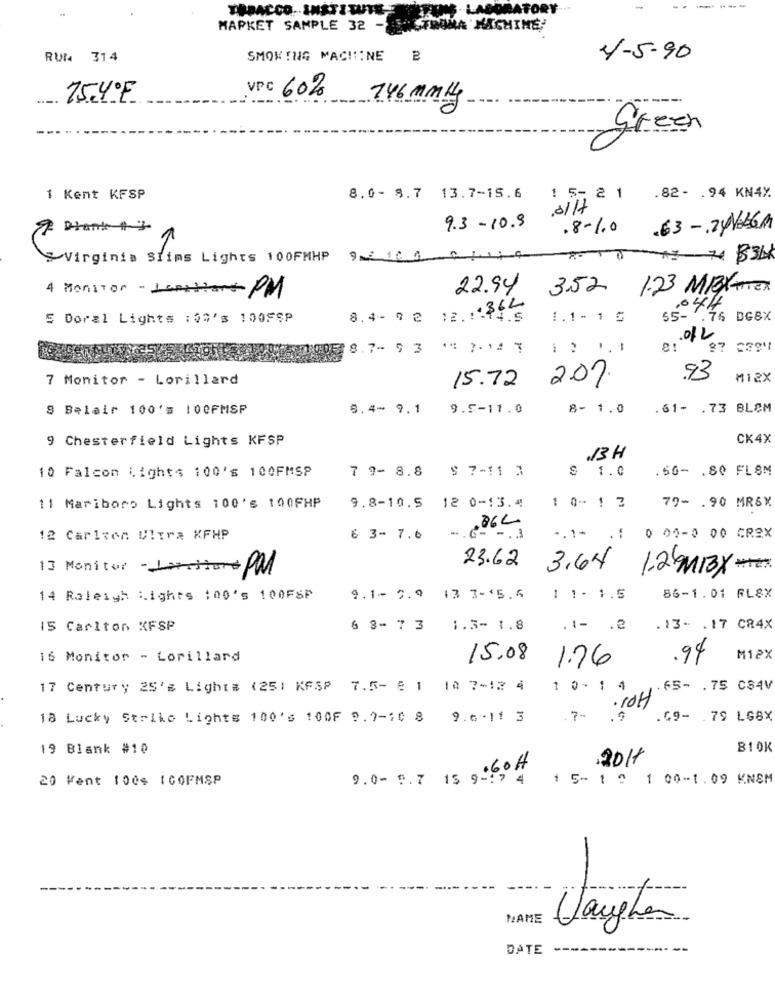
TOBACCO. INSTI WU
ATORY
-----
MARKET SAMPLE 32
MACHINE
RUM 314
SMOKING MACHINE B
4-5-90
75.4ºF
VPC 60%
746 mmly
Green
1 Kent KFSP
8.0- 9.7 13.7-15.6
1 5- 2 1 .82- . 94 KN4%
9.3-10.9
.8-1.0 .63-24VE6M
Virginia Slims Lights 100FMHP 9210.0 0 1.11 4
4 Monitor- Lanations PM
22.94 3.52 1.23 MIBYTTER
55- XH
8.4- 9 2 12.11362
S Doral Lights :5%'s 100FSP
14.5
1.1- 1 ℃
.76 DE8X
8: 12
8.7- 5 3 14 7- 14 7
-
87 2394
7 Monitor - Lorillard
15.72
2.0%
.93
M12X
8 Belair 100's 100FMSP
8.4- 9.1
9.5-11.0
8- 1.0
.61- . 73 BLOM
9 Chesterfield Lights KFSP
CK4X
13H
10 Falcon lights 100's 100FMSP
.50- . 80 FLSM
7 9- 8.8 $ 7-11 3
$ 1.0
11 Mariboro Lights 100's 100FHP
9.8-10.5 12 0-13.4
1 0- 1 2
79- . 90 MRSX
.86C
12 Carlton Ultra KFHP
6 3- 7.6
-. C- -. 3
-. 1- .:
0 00-0 00 CR2X
23.62
13 Monitor PM
3.64
1.2 MBX
14 Raleigh Lights :00's 100₣8P
9.1- 2.9 13 3-15.6
1 1. 1.5
86-1.01 FL8X
IS Carlton KFSP
6 3- 7 3 1.3- 1.8
.t- . 2
.13- . 17 CR4X
16 Monitor - Lorillard
15.08
1.76
.94
M12X
17 Century 25's Light# (25) KASP 7.5- 8 1 10 7-12 4
1 0 - 1 4
.65- . 75 CSAV
POH
18 Lucky Strike Lights 100's 100F 9.7-10 8 9.6-11 3
.7-
.49- . 79 LG8X
19 Blank #10
.2017
20 Went 100$ ICOFMSP
9.0- 0.7 15 9- 4
1 5- 1 9 1 00-1.09 KNSM
NAME
Vaughan
DATE